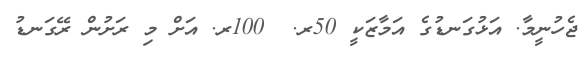
ޖެހުނީމާ. އަޅުގަނޑުގެ އަމާޒަކީ 50ރ.  100ރ. އަށް މި ރަށުން ރޭގަނޑު